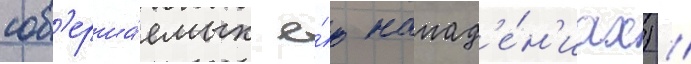
сов'ерша́емых е́ю напад'е́н'иах) //